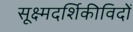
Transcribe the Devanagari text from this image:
सूक्ष्मदर्शिकीविदों